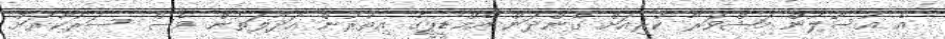
އެ އުސޫލުން މަޝްވަރާ ކުރިއަށް ގެންދަން އެމްޑީޕީގެ އިތުރުން އަދާލަތުން ވެސް ސަރުކާރަށް